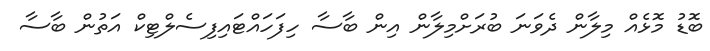
ބޮޑު މޮޅެއް މިލާން ދެވަނަ ބުރަށްމިލާން އިން ބާސާ ހިފަހައްޓައިފިސެލްޓިކް އަތުން ބާސާ